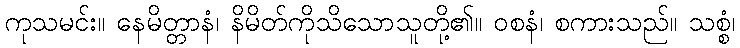
ကုသမင်း။ နေမိတ္တာနံ၊ နိမိတ်ကိုသိသောသူတို့၏။ ဝစနံ၊ စကားသည်။ သစ္စံ၊